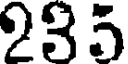
235